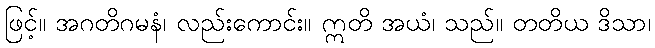
ဖြင့်။ အဂတိဂမနံ၊ လည်းကောင်း။ ဣတိ အယံ၊ သည်။ တတိယ ဒိသာ၊